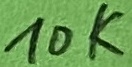
Text: 10k